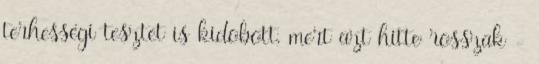
terhességi tesztet is kidobott, mert azt hitte rosszak -